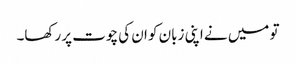
تو میں نے اپنی زبان کو ان کی چوت پر رکھا۔